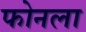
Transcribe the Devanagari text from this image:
फोनला